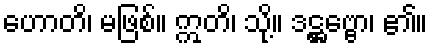
ဟောတိ၊ မဖြစ်။ ဣတိ၊ သို့။ ဒဋ္ဌဗ္ဗော၊ ၏။